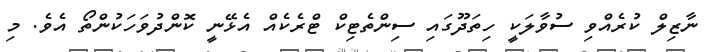
ނާޒިލް ކުރެއްވި ސުވާލަކީ ހިތަދޫގައި ސިންތެޓިކް ޓްރެކެއް އެޅޭނީ ކޮންދުވަހަކުންތޯ އެވެ. މި